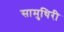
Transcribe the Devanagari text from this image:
सामुथिरी